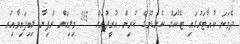
ދެވަނަ ކުއާޓަރުގައި ޓެކުހަށް ކެނޑުމުގެ ކުރިން އުރީދުއަށް 115 މިލިއަން ރުފިޔާ ލިބިފައިވާއިރު